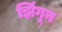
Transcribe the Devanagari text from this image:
झिंगून